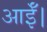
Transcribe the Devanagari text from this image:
आईँ।